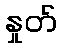
နှုတ်